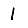
Digit: 1